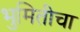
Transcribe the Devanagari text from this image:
भुमितीचा